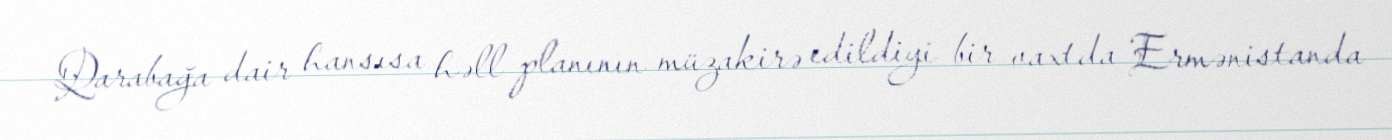
Qarabağa dair hansısa həll planının müzakirə edildiyi bir vaxtda Ermənistanda